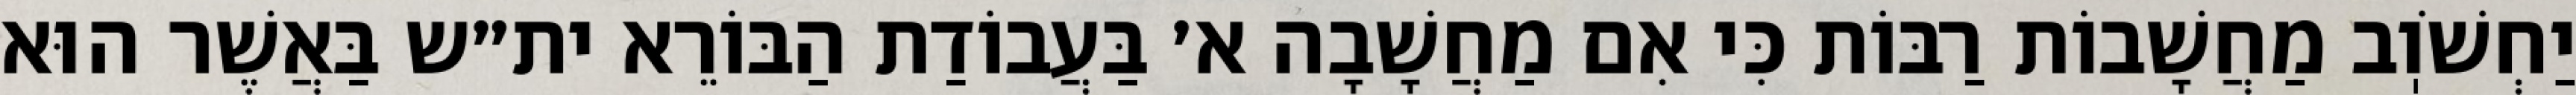
יַחְשֹׁוֽב מַחֲשָׁבוֹת רַבּוֹת כִּי אִם מַחֲשָׁבָה א׳ בַּעֲבוֹדַת הַבּוֹרֵא ית״ש בַּאֲשֶׁר הוּא